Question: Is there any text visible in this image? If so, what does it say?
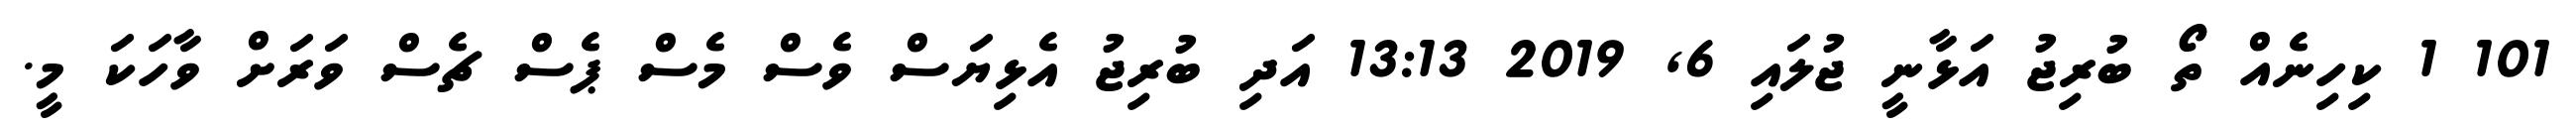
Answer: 101 1 ކިހިނެއް ތޯ ބުރިޖު އަޅާނީ ޖުލައި 6, 2019 13:13 އަދި ބުރިޖު އެޅިޔަސް ވެސް މެސް ޕެސް ޗެސް ވަރަށް ވާހަކަ މީ.